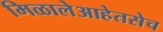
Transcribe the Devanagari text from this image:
मिळालेआहेतसेच